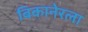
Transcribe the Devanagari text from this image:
बिकानेरला